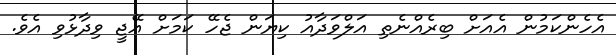
އެހެންކަމުން އެއަށް ބިރެއްނެތި އަލްވަދާއު ކިޔަން ޖެހޭ ކަމަށް އޭޖީ ވިދާޅުވި އެވެ.